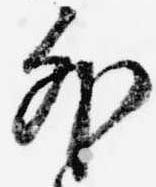
外